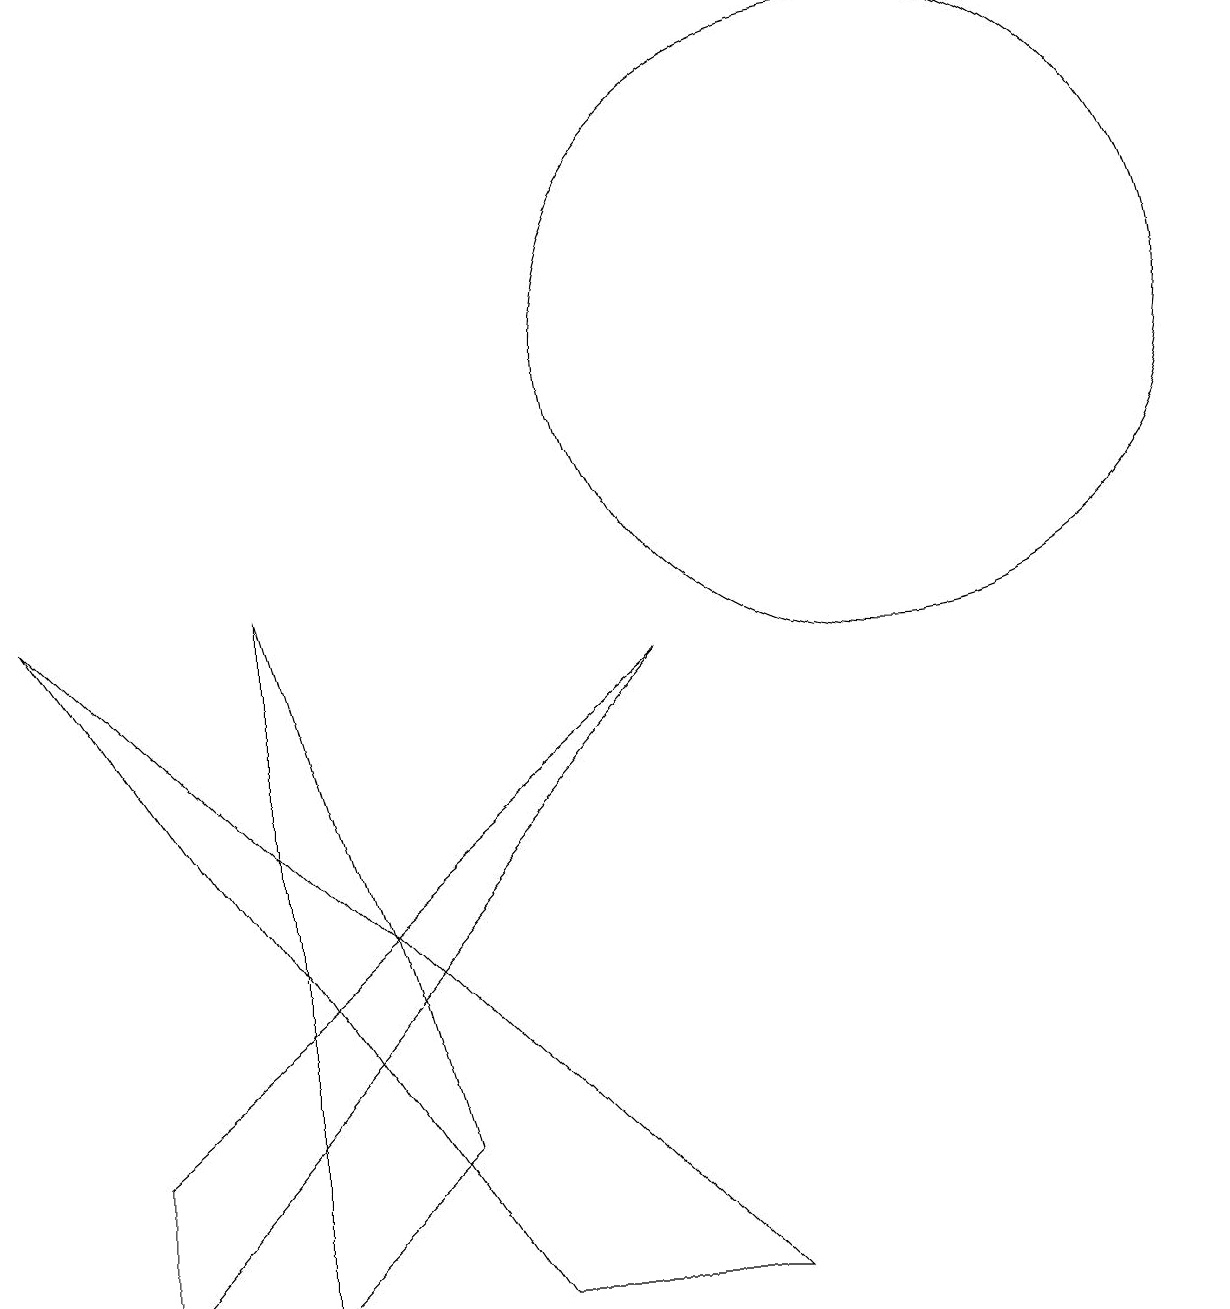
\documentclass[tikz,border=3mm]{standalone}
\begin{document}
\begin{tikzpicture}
\draw (11,12) circle (4);
\draw (5,2) -- (3,0) -- (3,9) -- cycle;
\draw (6,0) -- (0,9) -- (9,0) -- cycle;
\draw (8,8) -- (1,2) -- (1,0) -- cycle;
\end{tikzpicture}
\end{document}